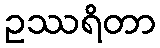
ဥဿရိတာ